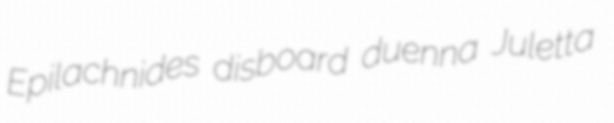
Epilachnides disboard duenna Juletta